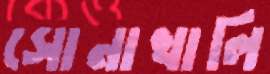
সোনাখালি